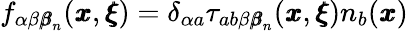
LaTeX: f_{\alpha\beta{\pmb\beta}_{n}}({\pmb x},{\pmb\xi})=\delta_{\alpha a}{\tau}_{ab\beta{\pmb\beta}_{n}}({\pmb x},{\pmb\xi})n_{b}({\pmb x})